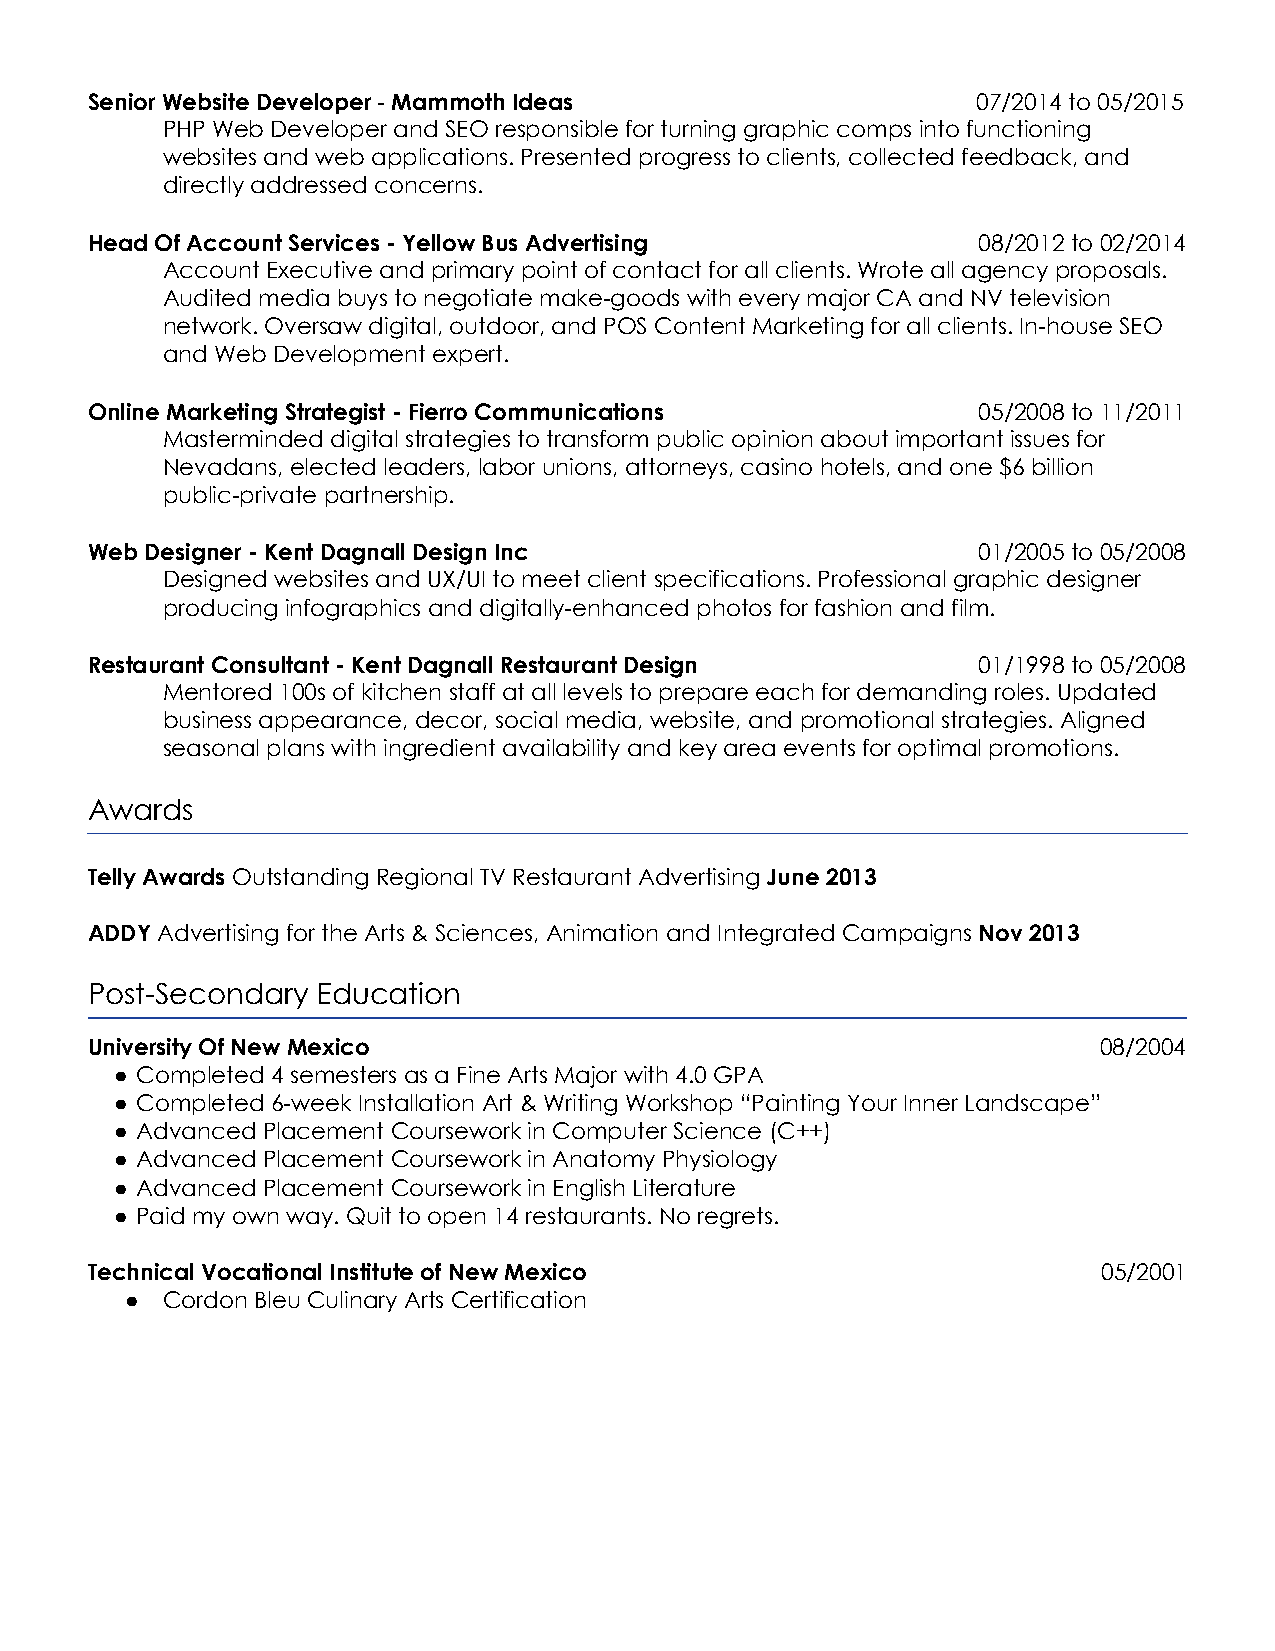
Senior Website Developer - Mammoth Ideas                   07/2014 to 05/2015
 PHP Web Developer and SEO responsible for turning graphic comps into functioning
 websites and web applications. Presented progress to clients, collected feedback, and
 directly addressed concerns.
 Head Of Account Services - Yellow Bus Advertising          08/2012 to 02/2014
 Account Executive and primary point of contact for all clients. Wrote all agency proposals.
 Audited media buys to negotiate make-goods with every major CA and NV television
 network. Oversaw digital, outdoor, and POS Content Marketing for all clients. In-house SEO
 and Web Development expert.
 Online Marketing Strategist - Fierro Communications        05/2008 to 11/2011
 Masterminded digital strategies to transform public opinion about important issues for
 Nevadans, elected leaders, labor unions, attorneys, casino hotels, and one $6 billion
 public-private partnership.
 Web Designer - Kent Dagnall Design Inc                     01/2005 to 05/2008
 Designed websites and UX/UI to meet client specifications. Professional graphic designer
 producing infographics and digitally-enhanced photos for fashion and film.
 Restaurant Consultant - Kent Dagnall Restaurant Design     01/1998 to 05/2008
 Mentored 100s of kitchen staff at all levels to prepare each for demanding roles. Updated
 business appearance, decor, social media, website, and promotional strategies. Aligned
 seasonal plans with ingredient availability and key area events for optimal promotions.
 Awards
 Telly Awards Outstanding Regional TV Restaurant Advertising June 2013
 ADDY Advertising for the Arts & Sciences, Animation and Integrated Campaigns Nov 2013
 Post-Secondary Education
 University Of New Mexico                                           08/2004
 ● Completed 4 semesters as a Fine Arts Major with 4.0 GPA
 ● Completed 6-week Installation Art & Writing Workshop “Painting Your Inner Landscape”
 ● Advanced Placement Coursework in Computer Science (C++)
 ● Advanced Placement Coursework in Anatomy Physiology
 ● Advanced Placement Coursework in English Literature
 ● Paid my own way. Quit to open 14 restaurants. No regrets.
 Technical Vocational Institute of New Mexico                       05/2001
 ●  Cordon Bleu Culinary Arts Certification